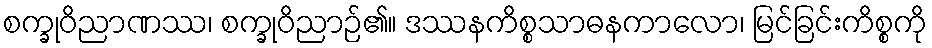
စက္ခုဝိညာဏဿ၊ စက္ခုဝိညာဉ်၏။ ဒဿနကိစ္စသာဓနကာလော၊ မြင်ခြင်းကိစ္စကို